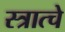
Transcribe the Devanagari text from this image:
स्त्रात्चे